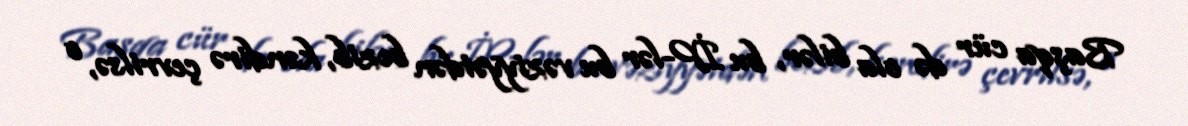
Başqa cür də ola bilər, bu İP-lər bu vəziyyətdən bezib, kəndirə çevrilsə, o